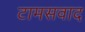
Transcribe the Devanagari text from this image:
टामसवाद